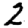
Digit: 2